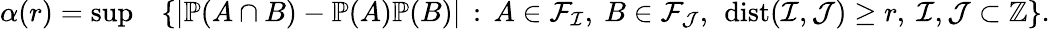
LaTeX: \begin{array}{rl}{\alpha(r)=\operatorname*{sup}}&{\left\{ |\mathbb{P}(A\cap B)-\mathbb{P}(A)\mathbb{P}(B)|\, :\, A\in\mathcal{F}_{\mathcal{I}},~B\in\mathcal{F}_{\mathcal{J}},~\operatorname{dist}(\mathcal{I},\mathcal{J})\ge r,~\mathcal{I},\mathcal{J}\subset{\mathbb Z}\right\} .}\end{array}